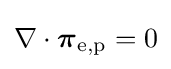
\nabla \cdot {\boldsymbol {\pi }}_{\mathrm {e,p} }=0